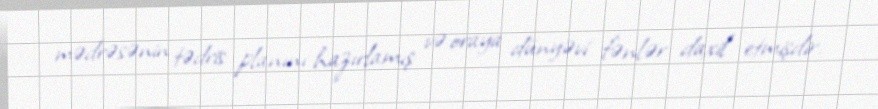
mədrəsənin tədris planını hazırlamış və oraya dünyəvi fənlər daxil etmişdir.